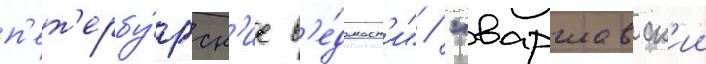
п'ет'ербу́ргск'ие в'е́домост'и" / "варшавск'ии